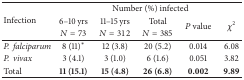
<table><thead><tr><td rowspan="3"><b>Infection</b></td><td colspan="5"><b>Number (%) infected</b></td></tr><tr><td><b>6–10 yrs</b></td><td><b>11–15 yrs</b></td><td><b>Total</b></td><td rowspan="2"><b><i>P</i> value</b></td><td rowspan="2"><b><i>χ</i><sup>2</sup></b></td></tr><tr><td><b><i>N</i> = 73</b></td><td><b><i>N</i> = 312</b></td><td><b><i>N</i> = 385</b></td></tr></thead><tbody><tr><td><i>P.falciparum </i></td><td>8 (11)∗</td><td>12 (3.8)</td><td>20 (5.2)</td><td>0.014</td><td>6.08</td></tr><tr><td><i>P.vivax </i></td><td>3 (4.1)</td><td>3 (1.0)</td><td>6 (1.6)</td><td>0.051</td><td>3.82</td></tr><tr><td>Total</td><td><b>11 (15.1)</b></td><td><b>15 (4.8)</b></td><td><b>26 (6.8)</b></td><td><b>0.002</b></td><td><b>9.89</b></td></tr></tbody></table>